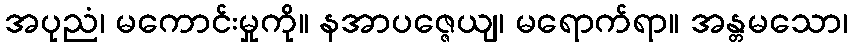
အပုညံ၊ မကောင်းမှုကို။ နအာပဇ္ဇေယျ၊ မရောက်ရာ။ အန္တမသော၊